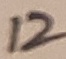
Text: 12